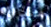
هناك